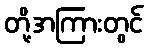
တို့အကြားတွင်